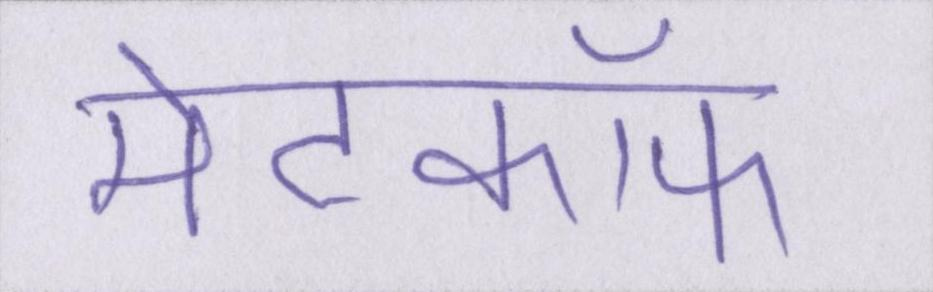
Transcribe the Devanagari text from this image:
मेटकॉफ